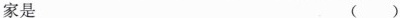
家是 ( )